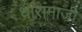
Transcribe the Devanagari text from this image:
धारांमाजी